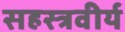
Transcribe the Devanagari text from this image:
सहस्त्रवीर्य